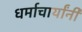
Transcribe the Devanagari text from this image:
धर्माचार्यांनी